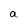
Character: a